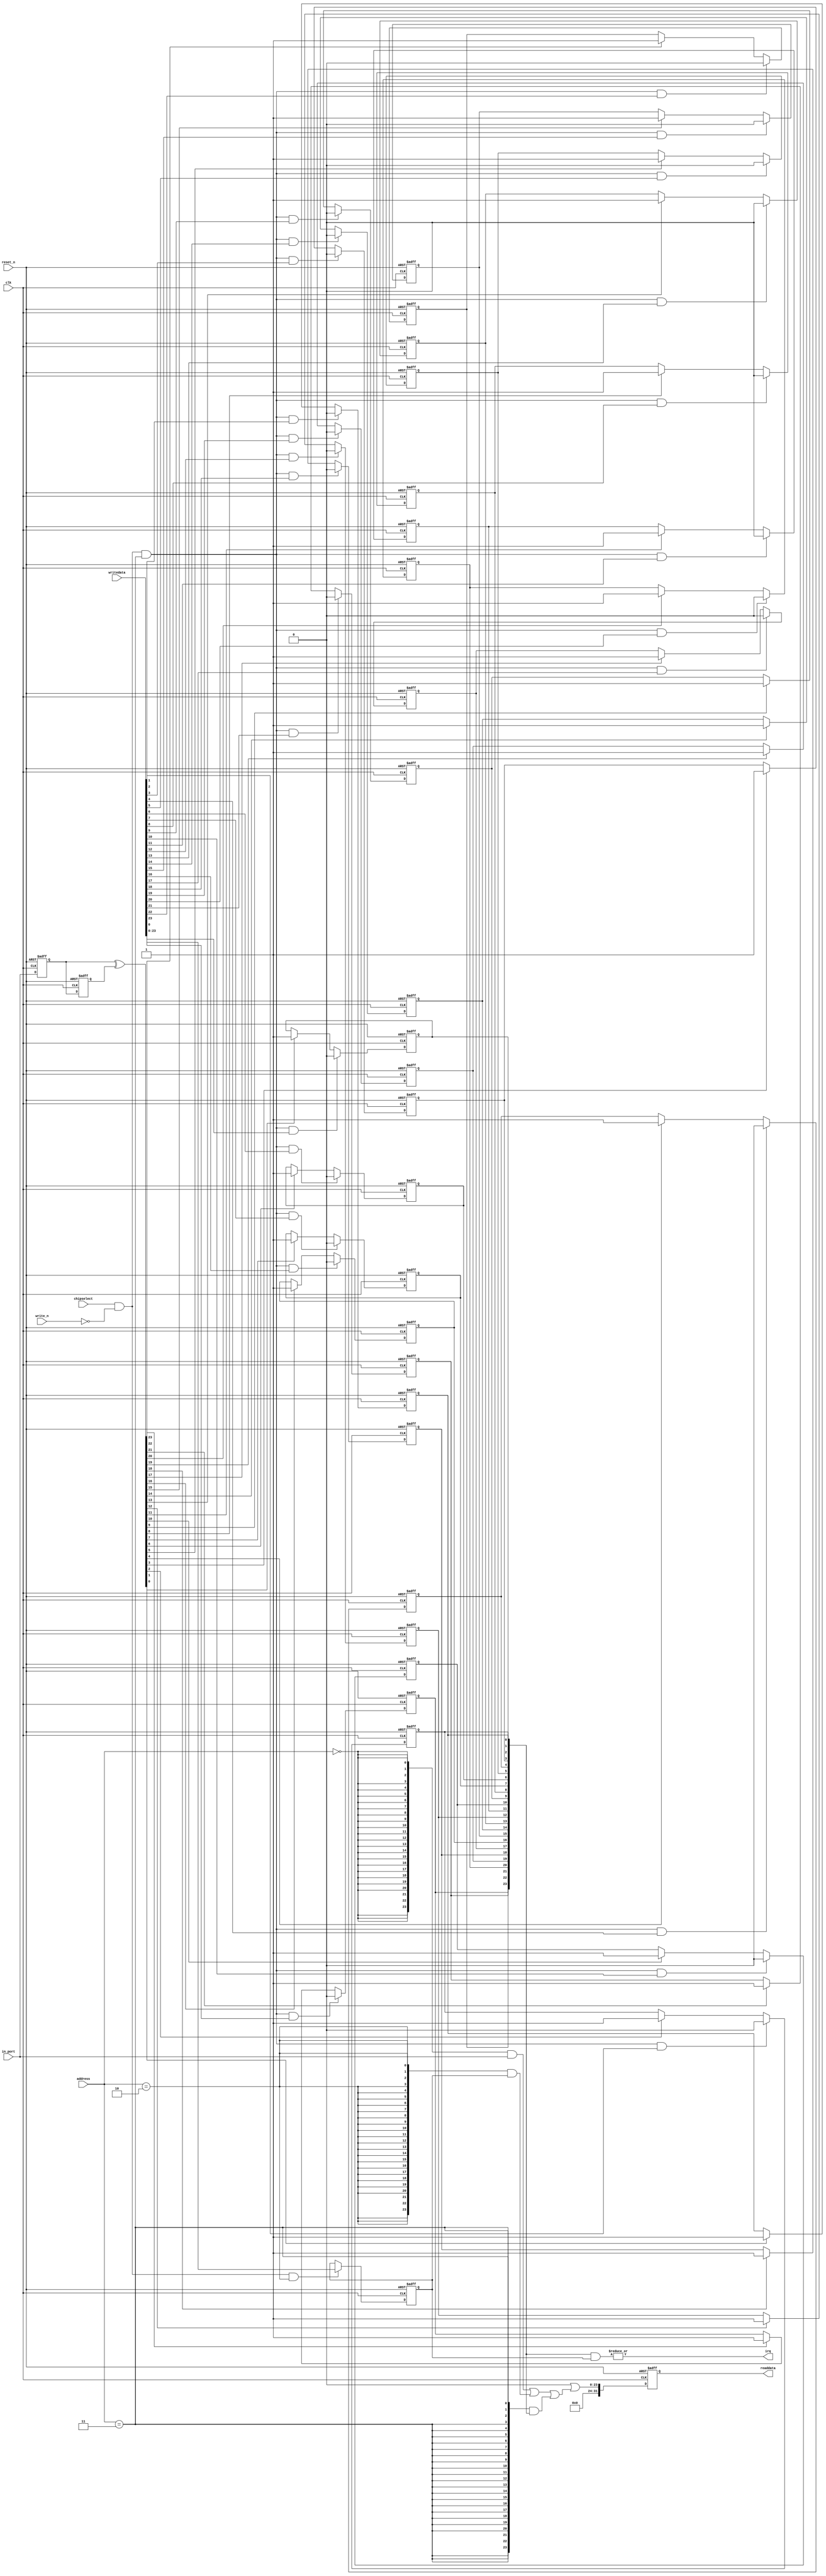
//Legal Notice: (C)2019 Altera Corporation. All rights reserved.  Your
//use of Altera Corporation's design tools, logic functions and other
//software and tools, and its AMPP partner logic functions, and any
//output files any of the foregoing (including device programming or
//simulation files), and any associated documentation or information are
//expressly subject to the terms and conditions of the Altera Program
//License Subscription Agreement or other applicable license agreement,
//including, without limitation, that your use is for the sole purpose
//of programming logic devices manufactured by Altera and sold by Altera
//or its authorized distributors.  Please refer to the applicable
//agreement for further details.

// synthesis translate_off
`timescale 1ns / 1ps
// synthesis translate_on

// turn off superfluous verilog processor warnings 
// altera message_level Level1 
// altera message_off 10034 10035 10036 10037 10230 10240 10030 13469 16735 16788 

module nios_measure_pio_altera_avalon_pio_181_64q4mca (
                                                        // inputs:
                                                         address,
                                                         chipselect,
                                                         clk,
                                                         in_port,
                                                         reset_n,
                                                         write_n,
                                                         writedata,

                                                        // outputs:
                                                         irq,
                                                         readdata
                                                      )
;

  output           irq;
  output  [ 31: 0] readdata;
  input   [  1: 0] address;
  input            chipselect;
  input            clk;
  input   [ 23: 0] in_port;
  input            reset_n;
  input            write_n;
  input   [ 31: 0] writedata;


wire             clk_en;
reg     [ 23: 0] d1_data_in;
reg     [ 23: 0] d2_data_in;
wire    [ 23: 0] data_in;
reg     [ 23: 0] edge_capture;
wire             edge_capture_wr_strobe;
wire    [ 23: 0] edge_detect;
wire             irq;
reg     [ 23: 0] irq_mask;
wire    [ 23: 0] read_mux_out;
reg     [ 31: 0] readdata;
  assign clk_en = 1;
  //s1, which is an e_avalon_slave
  assign read_mux_out = ({24 {(address == 0)}} & data_in) |
    ({24 {(address == 2)}} & irq_mask) |
    ({24 {(address == 3)}} & edge_capture);

  always @(posedge clk or negedge reset_n)
    begin
      if (reset_n == 0)
          readdata <= 0;
      else if (clk_en)
          readdata <= {32'b0 | read_mux_out};
    end


  assign data_in = in_port;
  always @(posedge clk or negedge reset_n)
    begin
      if (reset_n == 0)
          irq_mask <= 0;
      else if (chipselect && ~write_n && (address == 2))
          irq_mask <= writedata[23 : 0];
    end


  assign irq = |(edge_capture & irq_mask);
  assign edge_capture_wr_strobe = chipselect && ~write_n && (address == 3);
  always @(posedge clk or negedge reset_n)
    begin
      if (reset_n == 0)
          edge_capture[0] <= 0;
      else if (clk_en)
          if (edge_capture_wr_strobe && writedata[0])
              edge_capture[0] <= 0;
          else if (edge_detect[0])
              edge_capture[0] <= -1;
    end


  always @(posedge clk or negedge reset_n)
    begin
      if (reset_n == 0)
          edge_capture[1] <= 0;
      else if (clk_en)
          if (edge_capture_wr_strobe && writedata[1])
              edge_capture[1] <= 0;
          else if (edge_detect[1])
              edge_capture[1] <= -1;
    end


  always @(posedge clk or negedge reset_n)
    begin
      if (reset_n == 0)
          edge_capture[2] <= 0;
      else if (clk_en)
          if (edge_capture_wr_strobe && writedata[2])
              edge_capture[2] <= 0;
          else if (edge_detect[2])
              edge_capture[2] <= -1;
    end


  always @(posedge clk or negedge reset_n)
    begin
      if (reset_n == 0)
          edge_capture[3] <= 0;
      else if (clk_en)
          if (edge_capture_wr_strobe && writedata[3])
              edge_capture[3] <= 0;
          else if (edge_detect[3])
              edge_capture[3] <= -1;
    end


  always @(posedge clk or negedge reset_n)
    begin
      if (reset_n == 0)
          edge_capture[4] <= 0;
      else if (clk_en)
          if (edge_capture_wr_strobe && writedata[4])
              edge_capture[4] <= 0;
          else if (edge_detect[4])
              edge_capture[4] <= -1;
    end


  always @(posedge clk or negedge reset_n)
    begin
      if (reset_n == 0)
          edge_capture[5] <= 0;
      else if (clk_en)
          if (edge_capture_wr_strobe && writedata[5])
              edge_capture[5] <= 0;
          else if (edge_detect[5])
              edge_capture[5] <= -1;
    end


  always @(posedge clk or negedge reset_n)
    begin
      if (reset_n == 0)
          edge_capture[6] <= 0;
      else if (clk_en)
          if (edge_capture_wr_strobe && writedata[6])
              edge_capture[6] <= 0;
          else if (edge_detect[6])
              edge_capture[6] <= -1;
    end


  always @(posedge clk or negedge reset_n)
    begin
      if (reset_n == 0)
          edge_capture[7] <= 0;
      else if (clk_en)
          if (edge_capture_wr_strobe && writedata[7])
              edge_capture[7] <= 0;
          else if (edge_detect[7])
              edge_capture[7] <= -1;
    end


  always @(posedge clk or negedge reset_n)
    begin
      if (reset_n == 0)
          edge_capture[8] <= 0;
      else if (clk_en)
          if (edge_capture_wr_strobe && writedata[8])
              edge_capture[8] <= 0;
          else if (edge_detect[8])
              edge_capture[8] <= -1;
    end


  always @(posedge clk or negedge reset_n)
    begin
      if (reset_n == 0)
          edge_capture[9] <= 0;
      else if (clk_en)
          if (edge_capture_wr_strobe && writedata[9])
              edge_capture[9] <= 0;
          else if (edge_detect[9])
              edge_capture[9] <= -1;
    end


  always @(posedge clk or negedge reset_n)
    begin
      if (reset_n == 0)
          edge_capture[10] <= 0;
      else if (clk_en)
          if (edge_capture_wr_strobe && writedata[10])
              edge_capture[10] <= 0;
          else if (edge_detect[10])
              edge_capture[10] <= -1;
    end


  always @(posedge clk or negedge reset_n)
    begin
      if (reset_n == 0)
          edge_capture[11] <= 0;
      else if (clk_en)
          if (edge_capture_wr_strobe && writedata[11])
              edge_capture[11] <= 0;
          else if (edge_detect[11])
              edge_capture[11] <= -1;
    end


  always @(posedge clk or negedge reset_n)
    begin
      if (reset_n == 0)
          edge_capture[12] <= 0;
      else if (clk_en)
          if (edge_capture_wr_strobe && writedata[12])
              edge_capture[12] <= 0;
          else if (edge_detect[12])
              edge_capture[12] <= -1;
    end


  always @(posedge clk or negedge reset_n)
    begin
      if (reset_n == 0)
          edge_capture[13] <= 0;
      else if (clk_en)
          if (edge_capture_wr_strobe && writedata[13])
              edge_capture[13] <= 0;
          else if (edge_detect[13])
              edge_capture[13] <= -1;
    end


  always @(posedge clk or negedge reset_n)
    begin
      if (reset_n == 0)
          edge_capture[14] <= 0;
      else if (clk_en)
          if (edge_capture_wr_strobe && writedata[14])
              edge_capture[14] <= 0;
          else if (edge_detect[14])
              edge_capture[14] <= -1;
    end


  always @(posedge clk or negedge reset_n)
    begin
      if (reset_n == 0)
          edge_capture[15] <= 0;
      else if (clk_en)
          if (edge_capture_wr_strobe && writedata[15])
              edge_capture[15] <= 0;
          else if (edge_detect[15])
              edge_capture[15] <= -1;
    end


  always @(posedge clk or negedge reset_n)
    begin
      if (reset_n == 0)
          edge_capture[16] <= 0;
      else if (clk_en)
          if (edge_capture_wr_strobe && writedata[16])
              edge_capture[16] <= 0;
          else if (edge_detect[16])
              edge_capture[16] <= -1;
    end


  always @(posedge clk or negedge reset_n)
    begin
      if (reset_n == 0)
          edge_capture[17] <= 0;
      else if (clk_en)
          if (edge_capture_wr_strobe && writedata[17])
              edge_capture[17] <= 0;
          else if (edge_detect[17])
              edge_capture[17] <= -1;
    end


  always @(posedge clk or negedge reset_n)
    begin
      if (reset_n == 0)
          edge_capture[18] <= 0;
      else if (clk_en)
          if (edge_capture_wr_strobe && writedata[18])
              edge_capture[18] <= 0;
          else if (edge_detect[18])
              edge_capture[18] <= -1;
    end


  always @(posedge clk or negedge reset_n)
    begin
      if (reset_n == 0)
          edge_capture[19] <= 0;
      else if (clk_en)
          if (edge_capture_wr_strobe && writedata[19])
              edge_capture[19] <= 0;
          else if (edge_detect[19])
              edge_capture[19] <= -1;
    end


  always @(posedge clk or negedge reset_n)
    begin
      if (reset_n == 0)
          edge_capture[20] <= 0;
      else if (clk_en)
          if (edge_capture_wr_strobe && writedata[20])
              edge_capture[20] <= 0;
          else if (edge_detect[20])
              edge_capture[20] <= -1;
    end


  always @(posedge clk or negedge reset_n)
    begin
      if (reset_n == 0)
          edge_capture[21] <= 0;
      else if (clk_en)
          if (edge_capture_wr_strobe && writedata[21])
              edge_capture[21] <= 0;
          else if (edge_detect[21])
              edge_capture[21] <= -1;
    end


  always @(posedge clk or negedge reset_n)
    begin
      if (reset_n == 0)
          edge_capture[22] <= 0;
      else if (clk_en)
          if (edge_capture_wr_strobe && writedata[22])
              edge_capture[22] <= 0;
          else if (edge_detect[22])
              edge_capture[22] <= -1;
    end


  always @(posedge clk or negedge reset_n)
    begin
      if (reset_n == 0)
          edge_capture[23] <= 0;
      else if (clk_en)
          if (edge_capture_wr_strobe && writedata[23])
              edge_capture[23] <= 0;
          else if (edge_detect[23])
              edge_capture[23] <= -1;
    end


  always @(posedge clk or negedge reset_n)
    begin
      if (reset_n == 0)
        begin
          d1_data_in <= 0;
          d2_data_in <= 0;
        end
      else if (clk_en)
        begin
          d1_data_in <= data_in;
          d2_data_in <= d1_data_in;
        end
    end


  assign edge_detect = d1_data_in ^  d2_data_in;

endmodule